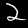
Digit: 2